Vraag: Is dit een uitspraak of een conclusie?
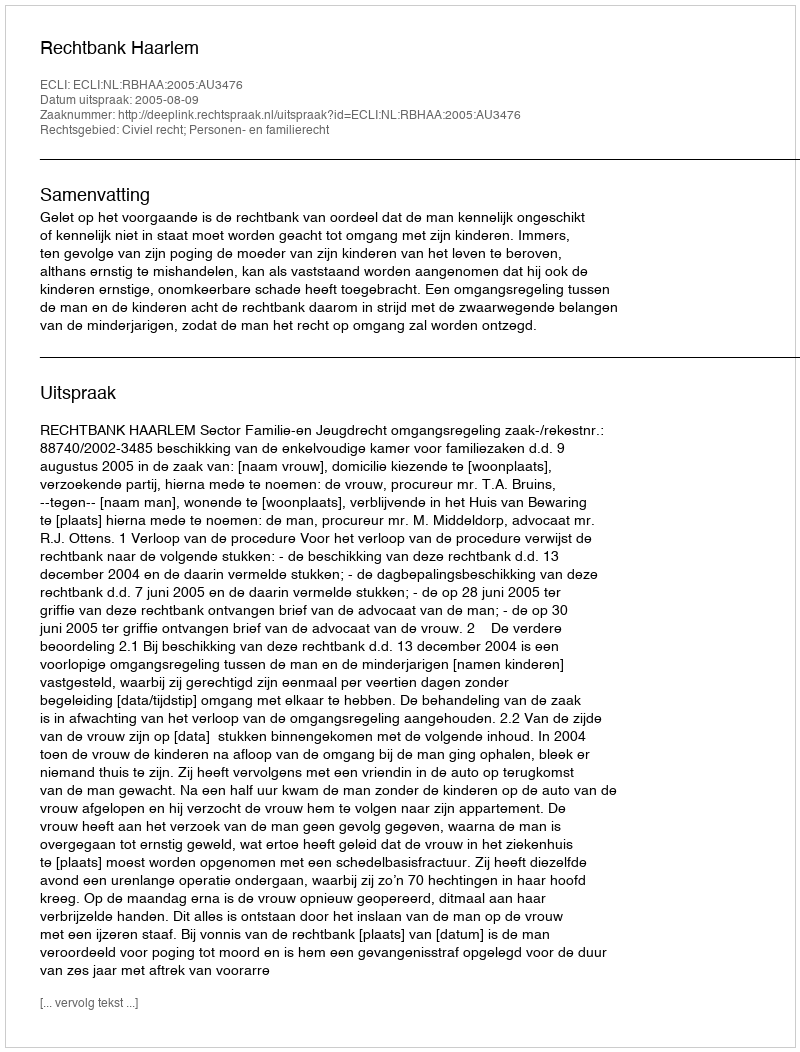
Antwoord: Uitspraak